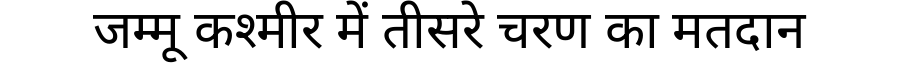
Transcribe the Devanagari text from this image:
जम्मू कश्मीर में तीसरे चरण का मतदान